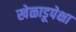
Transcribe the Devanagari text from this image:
खेळाडूपेक्षा